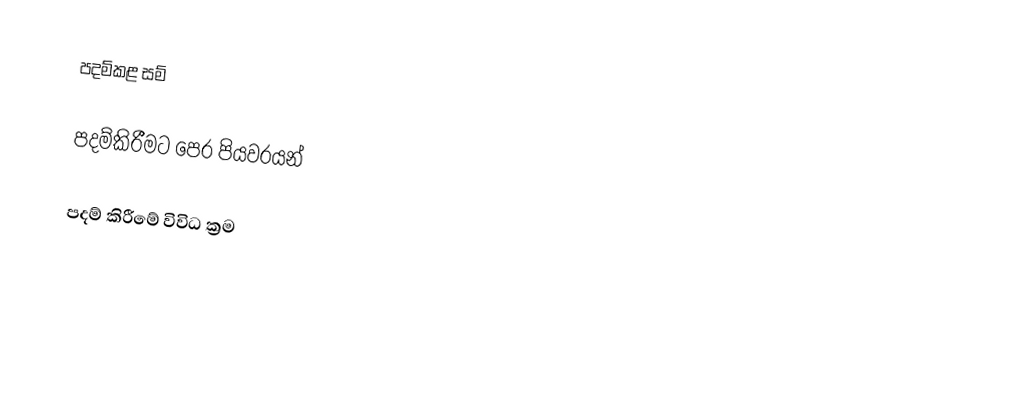
පදම්කළ සම්

පදම්කිරීමට පෙර පියවරයන්

පදම් කිරීමේ විවිධ ක්‍රම